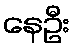
နေဦး